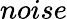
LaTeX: noise